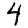
Digit: 4